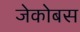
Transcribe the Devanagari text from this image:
जेकोबस